Report on vaccination in Madras 1877-1894 - 1877-1894
Year: 1877
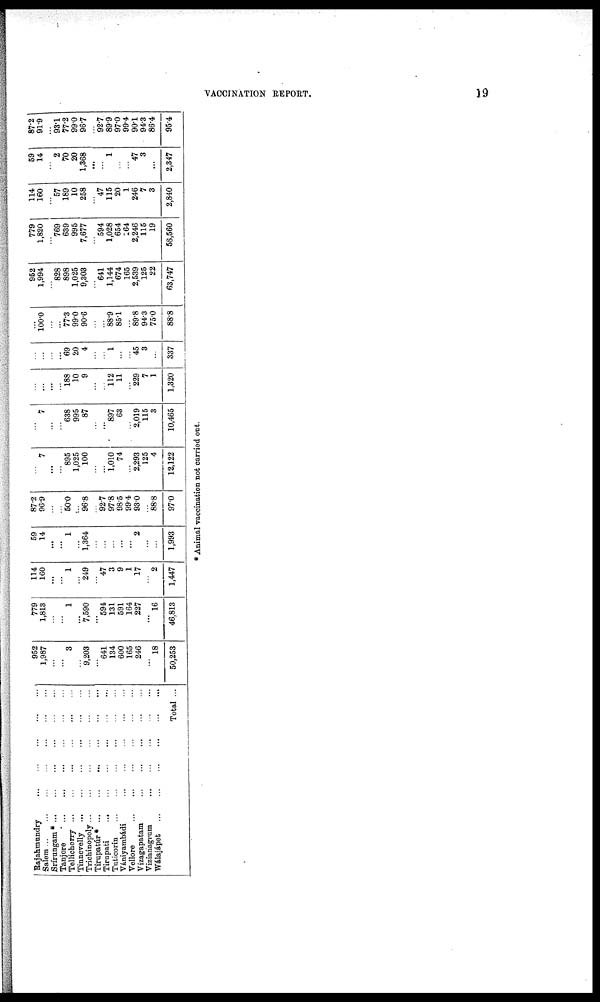
VACCINATION REPORT.
19
Rajahmundry
...
...
...
...
...
Salem
...
...
...
...
...
Srírungam *
...
...
...
...
...
Tanjore
...
...
...
...
...
Tellicherry
...
...
...
...
...
Tinnevelly
...
...
...
...
...
Trichinopoly
...
...
...
...
...
Tirupatúr*
...
...
...
...
...
Tirupati
...
...
...
...
...
Tuticorin
... ... ... ... ...
Vániyambádi
...
...
...
...
...
Vellore
...
...
...
...
...
Vizagapatam
...
...
...
...
...
Vizianagram
...
...
...
...
...
Wálajápet
...
...
...
...
...
Total ...
952
1,987
...
... 3
...
9,203
...
641
134
600
165
246
...
18
50,253
779
1,813
...
...
1
...
7,590
...
594
131
591
164
227
...
16
46,813
114
160
...
... 1
...
249
...
47
3
9
1
17
...
2
1,447
59
14
...
... 1
...
1,364
...
...
...
...
...
2
...
...
1,993
87.2
96.9
...
...
50.0
...
96.8
...
92.7
97.8
98.5
99.4
93.0
...
88.8
97.0
...
7
...
...
895
1,025
100
...
...
1,010
74
...
2,293
125
4
12,122
...
7
...
... 638
995
87
...
...
897
63
...
2,019
115
3
10,465
...
...
...
...
188
10
9
...
...
112
11
...
229
7
1
1,320
...
...
...
...
69
20
4
...
...
1
...
...
45
3
...
337
...
100.0
...
...
77.3
99.0
90.6
...
...
88.9
85.1
...
89.8
94.3
75.0
88.8
952
1,994
...
828
898
1,025
9,303
...
641
1,144
674
165
2,539
125
22
63,747
779
1,820
...
769
639
995
7,677
...
594
1,028
654
164
2,246
115
19
58,560
114
160
...
57
189
10
258
...
47
115
20
1
246
7
3
2,840
59
14
...
2
70
20
1,368
...
...
1
...
...
47
3
...
2,347
87.2
91.9
...
93.1
77.2
99.0
96.7
...
92.7
89.9
97.0
99.4
90.1
94.3
86.4
95.4
* Animal vaccination not carried out.